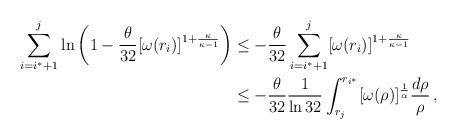
LaTeX: \begin{align*}\sum_{i=i^\ast+1}^j\ln \left( 1-\frac{\theta}{32}[\omega (r_i)]^{1+\frac{\kappa}{\kappa-1}}\right) & \leq -\frac{\theta}{32}\sum_{i=i^\ast+1}^j [\omega (r_i)]^{1+\frac{\kappa}{\kappa-1}}\\& \leq -\frac{\theta}{32} \frac1{\ln 32}\int_{r_j}^{r_{i^\ast}} [\omega (\rho)]^{\frac1\alpha} \frac{d \rho}{\rho}\,,\end{align*}